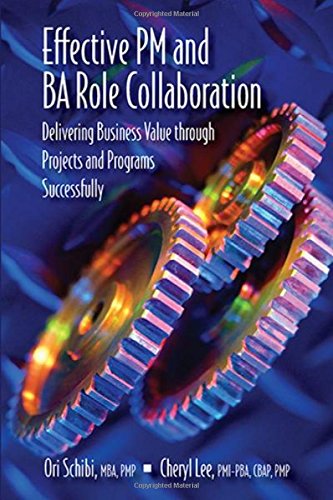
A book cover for Effective PM and BA Role Collaboration: Delivering Business Value Through Projects and Programs Successfully; Ori Schibi; Business & Money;